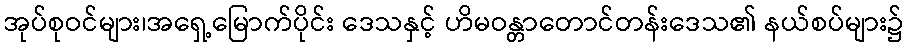
အုပ်စုဝင်များ၊အရှေ့မြောက်ပိုင်း ဒေသနှင့် ဟိမဝန္တာတောင်တန်းဒေသ၏ နယ်စပ်များ၌